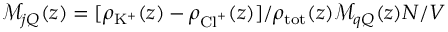
\mathcal { M } _ { j Q } ( z ) = [ \rho _ { \mathrm { K } ^ { + } } ( z ) - \rho _ { \mathrm { C l } ^ { + } } ( z ) ] / \rho _ { \mathrm { t o t } } ( z ) \mathcal { M } _ { q Q } ( z ) N / V